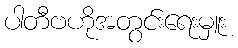
ပါတီဗဟိုအတွင်းရေးမှူး